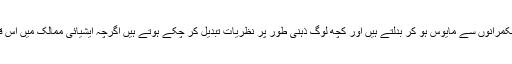
اس میں سے کچھ لوگ اپنی رائے حکمرانوں سے مایوس ہو کر بدلتے ہیں اور کچھ لوگ ذہنی طور پر نظریات تبدیل کر چکے ہوتے ہیں اگرچہ ایشیائی ممالک میں اس قسم کے ووٹر کی تعداد کافی کم ہے۔